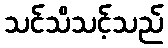
သင်သိသင့်သည်